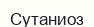
Сутаниоз